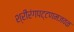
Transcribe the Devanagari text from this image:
श्रीरंगपट्टणमजवळ